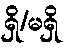
ရှိ/မရှိ